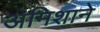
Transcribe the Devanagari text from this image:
अमिशाने